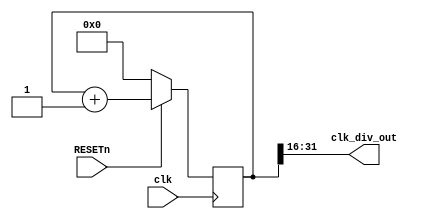
`timescale 1ns / 1ps
//////////////////////////////////////////////////////////////////////////////////
// Company: CYCU
// Engineer: 
// 
// Design Name: 
// Module Name:    Clk_Div 
// Project Name: 
// Target Devices: 
// Tool versions: 
// Description: 
//
// Dependencies: 
//
// Revision: 
// Revision 0.01 - File Created
// Additional Comments: 
//
//////////////////////////////////////////////////////////////////////////////////
module Clk_Div(clk, RESETn, clk_div_out);
   input clk;
   input  RESETn;
   output [15:0] clk_div_out;
   reg [63:0] 	 count;
   wire [15:0] 	 clk_div_out;
     
   assign clk_div_out=count[31:16];
   //There are 16bits for the clk_div_out,
   //it will be easier for the designer to try out different clocks
   
   //The input clock is a 50Mhz signal (from Nexys2 clocks)
   //Therefore, count[0] represents a 25Mhz clk
   // count[1]: 12.5MHz
   // count[2]: 6.25MHz
   // count[3]: 3.125MHz
   // ...
   // count[18]:95.37Hz
   // count[19]:47.68Hz
   // count[20]:23.84Hz

   
   //This is a 64-bit counter 
   always@(posedge clk)
     begin
	if(!RESETn)
	  count<=64'b0;
	else
	  count<=count+1;
	
     end 
endmodule